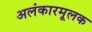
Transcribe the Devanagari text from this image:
अलंकारमूलक